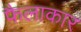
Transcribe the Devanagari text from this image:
फैलाकार